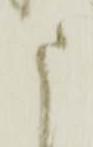
申